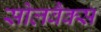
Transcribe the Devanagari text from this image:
सोलवैक्स